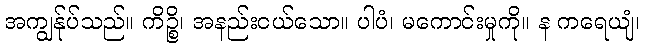
အကျွန်ုပ်သည်။ ကိဉ္စိ၊ အနည်းငယ်သော။ ပါပံ၊ မကောင်းမှုကို။ န ကရေယျံ၊